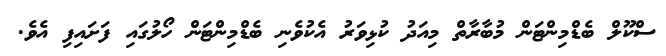
ސްކޫލް ބެޑްމިންޓަން މުބާރާތް މިއަދު ކުޅިވަރު އެކުވެނި ބެޑްމިންޓަން ހޯލުގައި ފަށައިފި އެވެ.